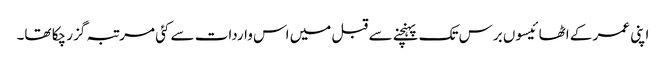
اپنی عمر کے اٹھائیسوں برس تک پہنچنے سے قبل میں اس واردات سے کئی مرتبہ گزر چکا تھا۔